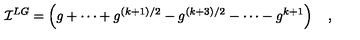
{ \cal I } ^ { L G } = \left( g + \cdots + g ^ { ( k + 1 ) / 2 } - g ^ { ( k + 3 ) / 2 } - \cdots - g ^ { k + 1 } \right) \quad ,